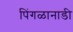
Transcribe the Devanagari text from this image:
पिंगळानाडी